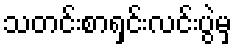
သတင်းစာရှင်းလင်းပွဲမှ